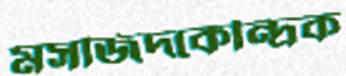
মসজিদকেন্দ্রিক